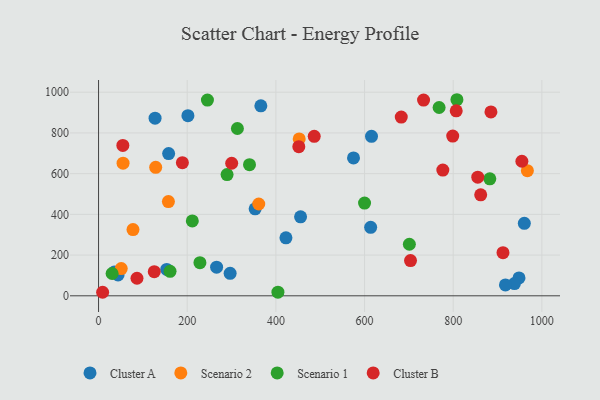
{"axis": {"x": "Price", "y": "Rating"}, "legend": ["Cluster A", "Cluster B", "Scenario 1", "Scenario 2"], "data": [{"x": "948.4", "y": 88.0, "type": "Cluster A"}, {"x": "422.7", "y": 285.0, "type": "Cluster A"}, {"x": "613.8", "y": 336.2, "type": "Cluster A"}, {"x": "35.6", "y": 116.4, "type": "Cluster A"}, {"x": "575.1", "y": 677.0, "type": "Cluster A"}, {"x": "296.8", "y": 110.2, "type": "Cluster A"}, {"x": "455.7", "y": 388.1, "type": "Cluster A"}, {"x": "44.0", "y": 102.7, "type": "Cluster A"}, {"x": "938.1", "y": 60.0, "type": "Cluster A"}, {"x": "353.2", "y": 427.1, "type": "Cluster A"}, {"x": "158.1", "y": 698.8, "type": "Cluster A"}, {"x": "917.8", "y": 53.3, "type": "Cluster A"}, {"x": "615.7", "y": 783.4, "type": "Cluster A"}, {"x": "201.6", "y": 884.6, "type": "Cluster A"}, {"x": "153.8", "y": 129.5, "type": "Cluster A"}, {"x": "960.4", "y": 355.9, "type": "Cluster A"}, {"x": "266.3", "y": 140.6, "type": "Cluster A"}, {"x": "127.5", "y": 872.6, "type": "Cluster A"}, {"x": "366.1", "y": 933.3, "type": "Cluster A"}, {"x": "967.3", "y": 614.8, "type": "Scenario 2"}, {"x": "361.4", "y": 450.8, "type": "Scenario 2"}, {"x": "77.7", "y": 325.2, "type": "Scenario 2"}, {"x": "157.6", "y": 462.7, "type": "Scenario 2"}, {"x": "51.2", "y": 133.9, "type": "Scenario 2"}, {"x": "452.6", "y": 770.6, "type": "Scenario 2"}, {"x": "55.3", "y": 651.6, "type": "Scenario 2"}, {"x": "128.9", "y": 631.2, "type": "Scenario 2"}, {"x": "30.6", "y": 109.6, "type": "Scenario 1"}, {"x": "211.5", "y": 367.8, "type": "Scenario 1"}, {"x": "701.1", "y": 253.2, "type": "Scenario 1"}, {"x": "228.7", "y": 162.5, "type": "Scenario 1"}, {"x": "404.6", "y": 17.8, "type": "Scenario 1"}, {"x": "313.2", "y": 821.8, "type": "Scenario 1"}, {"x": "600.0", "y": 455.6, "type": "Scenario 1"}, {"x": "882.6", "y": 574.6, "type": "Scenario 1"}, {"x": "161.3", "y": 120.3, "type": "Scenario 1"}, {"x": "245.6", "y": 961.4, "type": "Scenario 1"}, {"x": "768.2", "y": 924.9, "type": "Scenario 1"}, {"x": "808.4", "y": 963.1, "type": "Scenario 1"}, {"x": "289.9", "y": 595.3, "type": "Scenario 1"}, {"x": "340.5", "y": 644.0, "type": "Scenario 1"}, {"x": "54.8", "y": 738.5, "type": "Cluster B"}, {"x": "682.8", "y": 878.1, "type": "Cluster B"}, {"x": "776.6", "y": 617.4, "type": "Cluster B"}, {"x": "9.2", "y": 17.3, "type": "Cluster B"}, {"x": "486.5", "y": 783.5, "type": "Cluster B"}, {"x": "912.3", "y": 211.6, "type": "Cluster B"}, {"x": "954.9", "y": 661.0, "type": "Cluster B"}, {"x": "885.1", "y": 903.4, "type": "Cluster B"}, {"x": "189.1", "y": 653.8, "type": "Cluster B"}, {"x": "806.8", "y": 908.5, "type": "Cluster B"}, {"x": "855.4", "y": 582.6, "type": "Cluster B"}, {"x": "862.0", "y": 495.8, "type": "Cluster B"}, {"x": "125.7", "y": 118.3, "type": "Cluster B"}, {"x": "733.1", "y": 961.2, "type": "Cluster B"}, {"x": "86.7", "y": 86.3, "type": "Cluster B"}, {"x": "451.7", "y": 732.6, "type": "Cluster B"}, {"x": "798.9", "y": 784.6, "type": "Cluster B"}, {"x": "300.3", "y": 651.0, "type": "Cluster B"}, {"x": "703.7", "y": 173.2, "type": "Cluster B"}]}